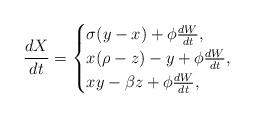
LaTeX: \begin{align*}\frac{dX}{dt}=\begin{cases}\sigma(y-x)+\phi\frac{dW}{dt},& \\x(\rho-z)-y+\phi\frac{dW}{dt},& \\xy-\beta z+\phi\frac{dW}{dt},&\end{cases}\end{align*}